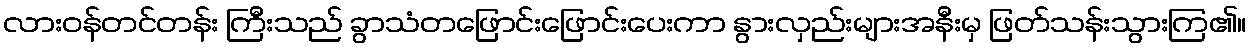
လားဝန်တင်တန်း ကြီးသည် ခွာသံတဖြောင်းဖြောင်းပေးကာ နွားလှည်းများအနီးမှ ဖြတ်သန်းသွားကြ၏။